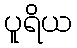
ပူရိယ